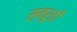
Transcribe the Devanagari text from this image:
स्म्रुती